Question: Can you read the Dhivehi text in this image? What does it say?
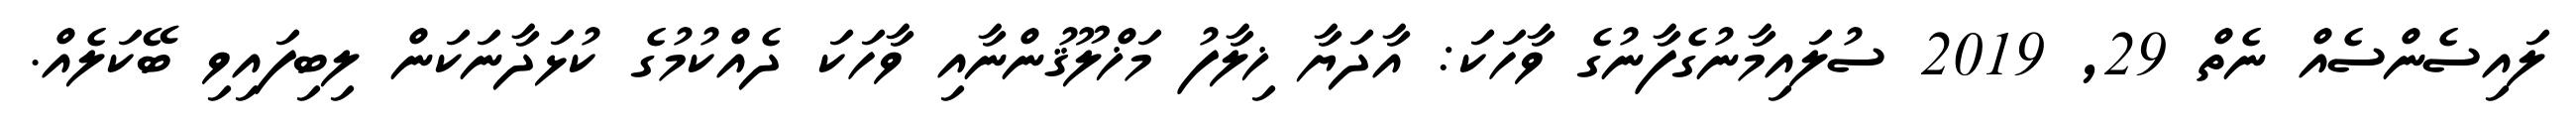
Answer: ލައިސެންސެއް ނެތް 29, 2019 ސުލައިމާނުގެފާނުގެ ވާހަކަ: އާދަޔާ ޚިލާފު މަޚްލޫޤުންނާއި ވާހަކަ ދެއްކުމުގެ ކުޅަދާނަކަން ލިބިފައިވި ބޭކަލެއް.